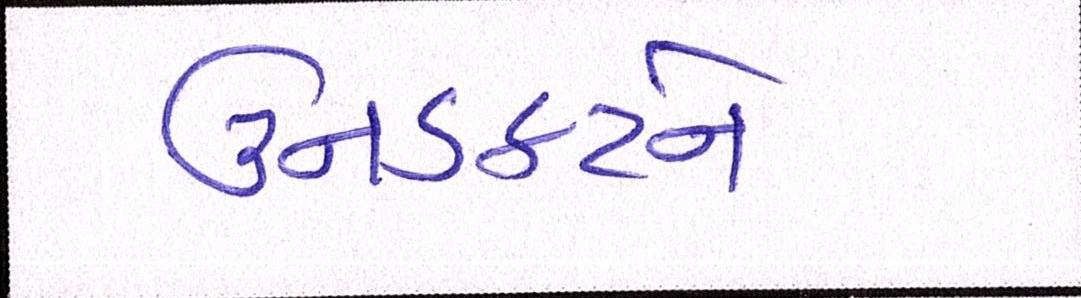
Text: ઉનડકટને